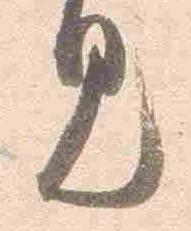
見